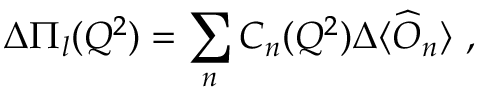
\Delta \Pi _ { l } ( Q ^ { 2 } ) = \sum _ { n } C _ { n } ( Q ^ { 2 } ) \Delta \langle \widehat { O } _ { n } \rangle \ ,